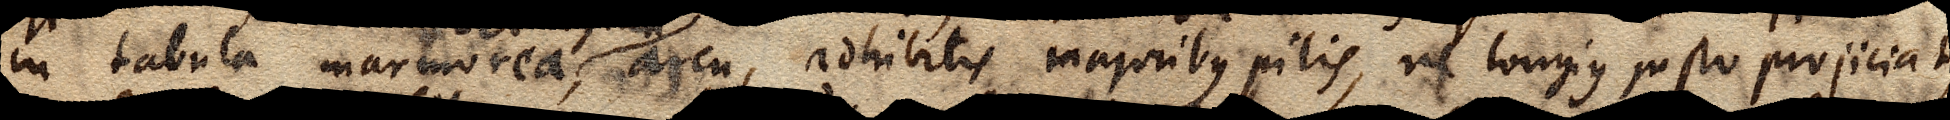
in tabula marmorea vel lignea, arcu, adhibitis majoribus pilis, ne longius justo projiciat,